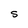
Character: S